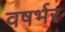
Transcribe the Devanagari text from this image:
वषर्भर